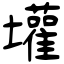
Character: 壦